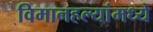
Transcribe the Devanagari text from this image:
विमानहल्यांमध्ये